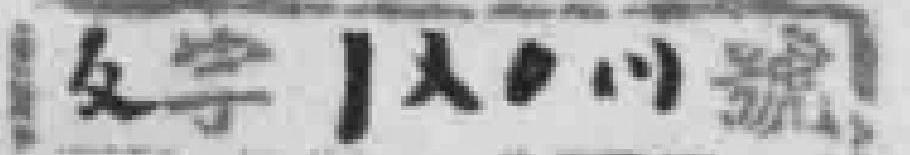
*字*號